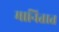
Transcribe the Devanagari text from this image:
मानितात